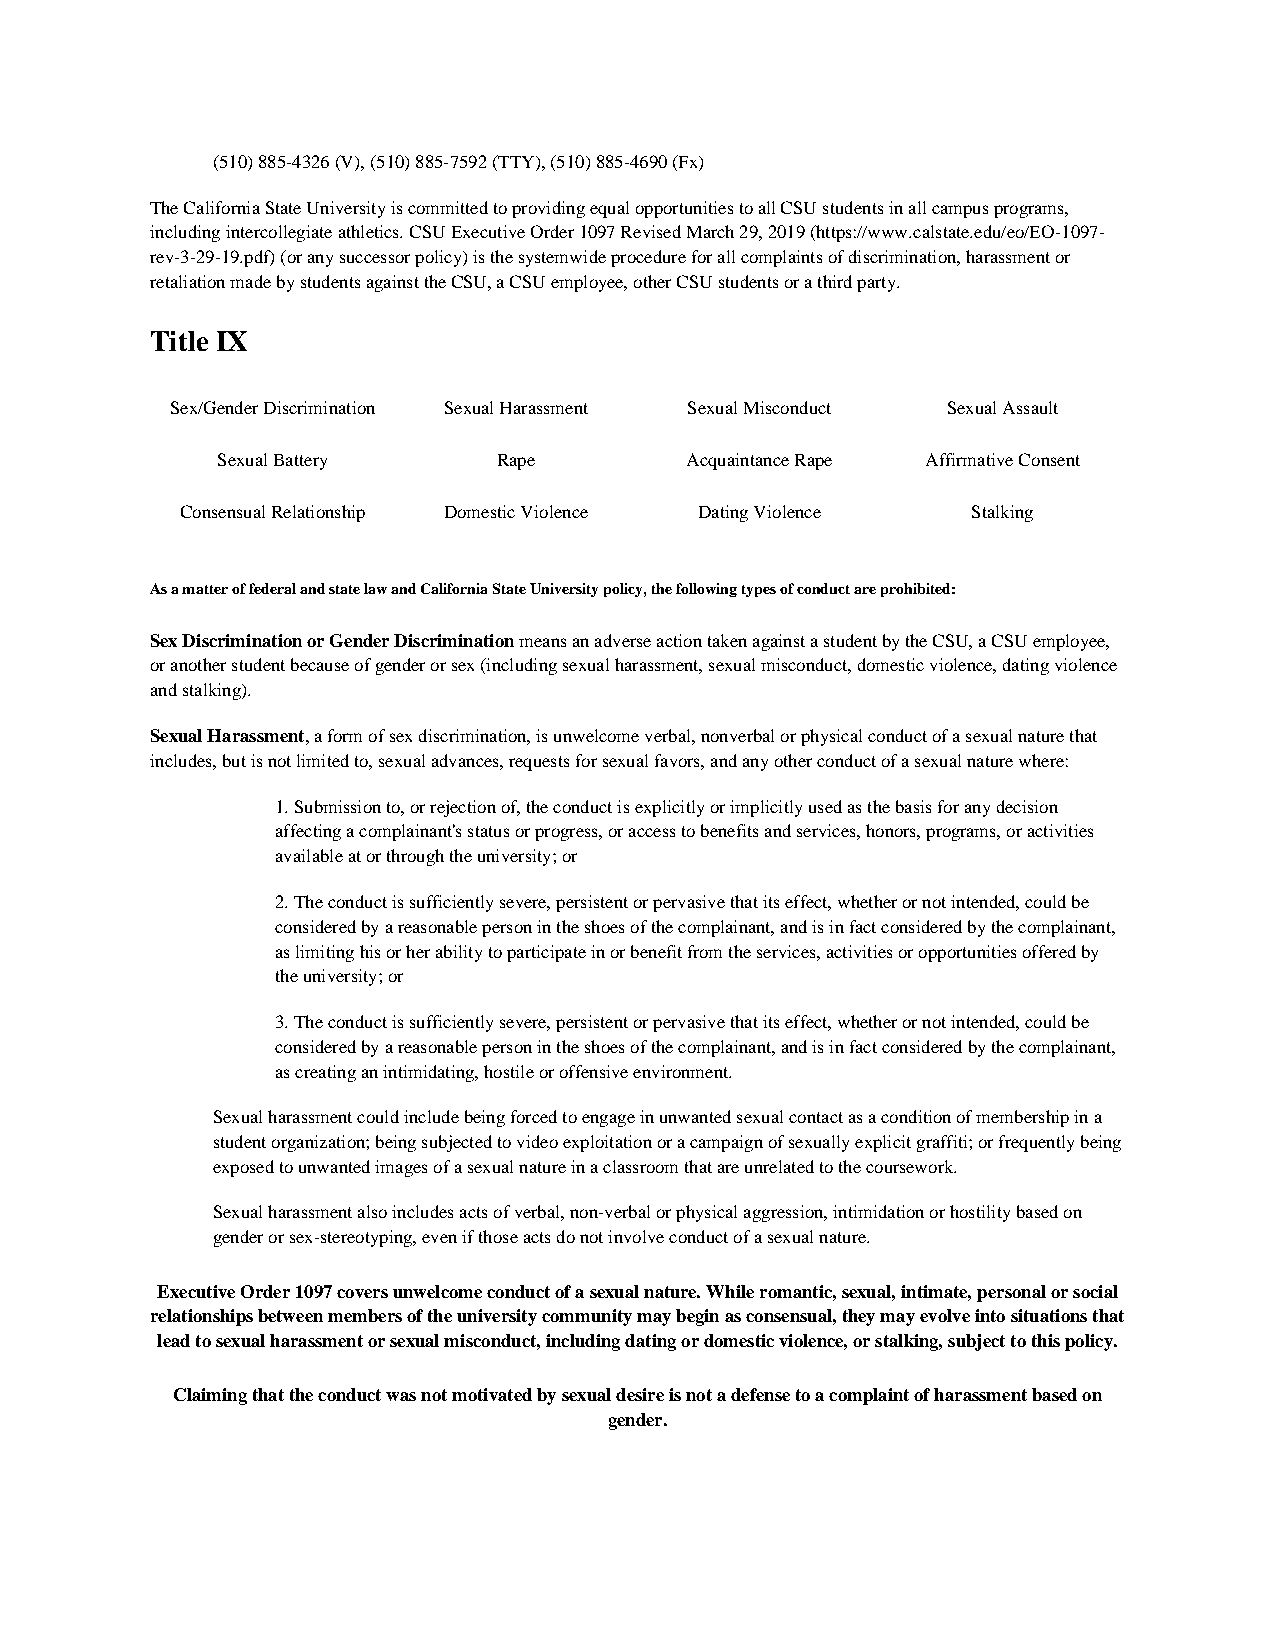
(510) 885-4326 (V), (510) 885-7592 (TTY), (510) 885-4690 (Fx)
 The California State University is committed to providing equal opportunities to all CSU students in all campus programs,
 including intercollegiate athletics. CSU Executive Order 1097 Revised March 29, 2019 (https://www.calstate.edu/eo/EO-1097-
 rev-3-29-19.pdf) (or any successor policy) is the systemwide procedure for all complaints of discrimination, harassment or
 retaliation made by students against the CSU, a CSU employee, other CSU students or a third party.
 Title IX
 Sex/Gender Discrimination Sexual Harassment Sexual Misconduct Sexual Assault
 Sexual Battery     Rape        Acquaintance Rape Affirmative Consent
 Consensual Relationship Domestic Violence Dating Violence Stalking
 As a matter of federal and state law and California State University policy, the following types of conduct are prohibited:
 Sex Discrimination or Gender Discrimination means an adverse action taken against a student by the CSU, a CSU employee,
 or another student because of gender or sex (including sexual harassment, sexual misconduct, domestic violence, dating violence
 and stalking).
 Sexual Harassment, a form of sex discrimination, is unwelcome verbal, nonverbal or physical conduct of a sexual nature that
 includes, but is not limited to, sexual advances, requests for sexual favors, and any other conduct of a sexual nature where:
 1. Submission to, or rejection of, the conduct is explicitly or implicitly used as the basis for any decision
 affecting a complainant's status or progress, or access to benefits and services, honors, programs, or activities
 available at or through the university; or
 2. The conduct is sufficiently severe, persistent or pervasive that its effect, whether or not intended, could be
 considered by a reasonable person in the shoes of the complainant, and is in fact considered by the complainant,
 as limiting his or her ability to participate in or benefit from the services, activities or opportunities offered by
 the university; or
 3. The conduct is sufficiently severe, persistent or pervasive that its effect, whether or not intended, could be
 considered by a reasonable person in the shoes of the complainant, and is in fact considered by the complainant,
 as creating an intimidating, hostile or offensive environment.
 Sexual harassment could include being forced to engage in unwanted sexual contact as a condition of membership in a
 student organization; being subjected to video exploitation or a campaign of sexually explicit graffiti; or frequently being
 exposed to unwanted images of a sexual nature in a classroom that are unrelated to the coursework.
 Sexual harassment also includes acts of verbal, non-verbal or physical aggression, intimidation or hostility based on
 gender or sex-stereotyping, even if those acts do not involve conduct of a sexual nature.
 Executive Order 1097 covers unwelcome conduct of a sexual nature. While romantic, sexual, intimate, personal or social
 relationships between members of the university community may begin as consensual, they may evolve into situations that
 lead to sexual harassment or sexual misconduct, including dating or domestic violence, or stalking, subject to this policy.
 Claiming that the conduct was not motivated by sexual desire is not a defense to a complaint of harassment based on
 gender.